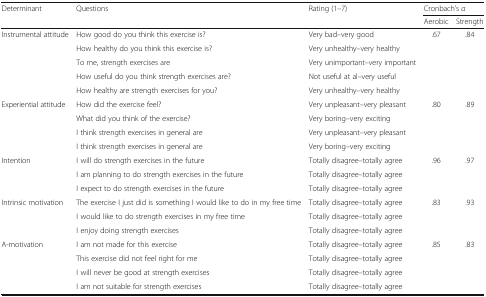
<table><thead><tr><td rowspan="2"><b>Determinant</b></td><td rowspan="2"><b>Questions</b></td><td rowspan="2"><b>Rating (1–7)</b></td><td colspan="2"><b>Cronbach’s <i>α</i></b></td></tr><tr><td><b>Aerobic</b></td><td><b>Strength</b></td></tr></thead><tbody><tr><td rowspan="5">Instrumental attitude</td><td>How good do you think this exercise is?</td><td>Very bad–very good</td><td rowspan="5">.67</td><td rowspan="5">.84</td></tr><tr><td>How healthy do you think this exercise is?</td><td>Very unhealthy–very healthy</td></tr><tr><td>To me, strength exercises are</td><td>Very unimportant–very important</td></tr><tr><td>How useful do you think strength exercises are?</td><td>Not useful at al–very useful</td></tr><tr><td>How healthy are strength exercises for you?</td><td>Very unhealthy–very healthy</td></tr><tr><td rowspan="4">Experiential attitude</td><td>How did the exercise feel?</td><td>Very unpleasant–very pleasant</td><td rowspan="4">.80</td><td rowspan="4">.89</td></tr><tr><td>What did you think of the exercise?</td><td>Very boring–very exciting</td></tr><tr><td>I think strength exercises in general are</td><td>Very unpleasant–very pleasant</td></tr><tr><td>I think strength exercises in general are</td><td>Very boring–very exciting</td></tr><tr><td rowspan="3">Intention</td><td>I will do strength exercises in the future</td><td>Totally disagree–totally agree</td><td rowspan="3">.96</td><td rowspan="3">.97</td></tr><tr><td>I am planning to do strength exercises in the future</td><td>Totally disagree–totally agree</td></tr><tr><td>I expect to do strength exercises in the future</td><td>Totally disagree–totally agree</td></tr><tr><td rowspan="3">Intrinsic motivation</td><td>The exercise I just did is something I would like to do in my free time</td><td>Totally disagree–totally agree</td><td rowspan="3">.83</td><td rowspan="3">.93</td></tr><tr><td>I would like to do strength exercises in my free time</td><td>Totally disagree–totally agree</td></tr><tr><td>I enjoy doing strength exercises</td><td>Totally disagree–totally agree</td></tr><tr><td rowspan="4">A-motivation</td><td>I am not made for this exercise</td><td>Totally disagree–totally agree</td><td rowspan="4">.85</td><td rowspan="4">.83</td></tr><tr><td>This exercise did not feel right for me</td><td>Totally disagree–totally agree</td></tr><tr><td>I will never be good at strength exercises</td><td>Totally disagree–totally agree</td></tr><tr><td>I am not suitable for strength exercises</td><td>Totally disagree–totally agree</td></tr></tbody></table>